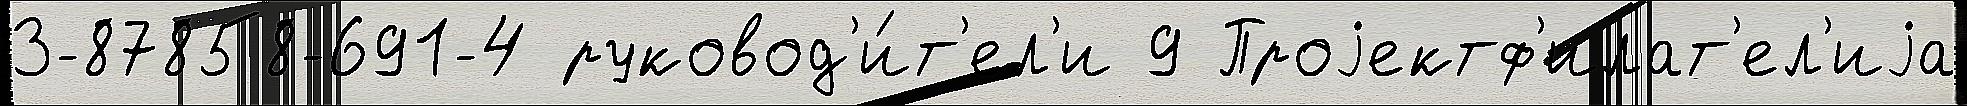
3-87858-691-4 руковод'и́т'ел'и 9 Проjектф'илат'ел'иjа